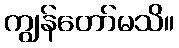
ကျွန်တော်မသိ။